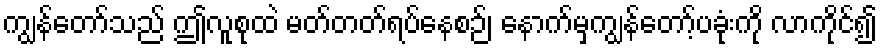
ကျွန်တော်သည် ဤလူစုထဲ မတ်တတ်ရပ်နေစဉ်၊ နောက်မှကျွန်တော့်ပခုံးကို လာကိုင်၍